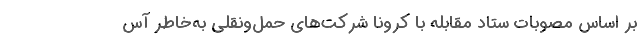
بر اساس مصوبات ستاد مقابله با کرونا شرکت‌های حمل‌ونقلی به‌خاطر آس